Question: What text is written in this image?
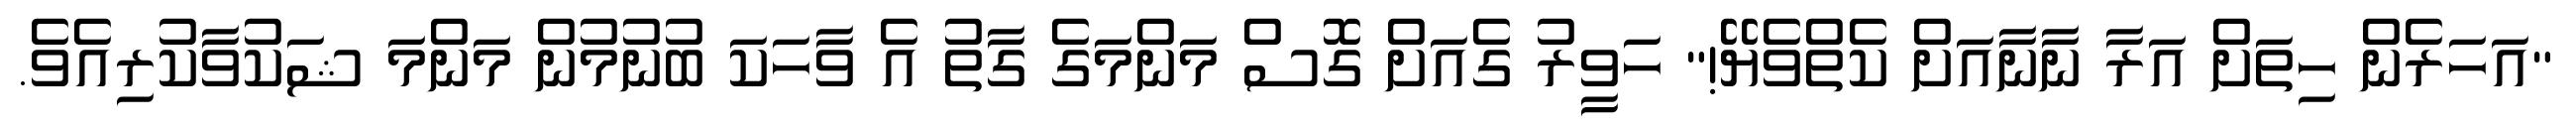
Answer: "އަހަރެން ހިތަށް އަރާ ނާނާއަށް ކެތްވެޔޭ!" ހަވީރު ގެއަށް ގޮސް މަންމަގެ ގާތު އެ ވާހަކަ ބުނުމުން މަންމަ ޝަކުވާކުރިއެވެ.